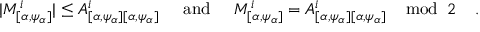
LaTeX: | M _ { [ \alpha , \psi _ { \alpha } ] } ^ { i } | \leq A _ { [ \alpha , \psi _ { \alpha } ] [ \alpha , \psi _ { \alpha } ] } ^ { i } \; \; \; \; \; \mathrm { a n d } \; \; \; \; \; M _ { [ \alpha , \psi _ { \alpha } ] } ^ { i } = A _ { [ \alpha , \psi _ { \alpha } ] [ \alpha , \psi _ { \alpha } ] } ^ { i } \; \; \; \; \mathrm { m o d } \; \; 2 \; \; \; \; .